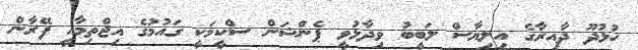
ހުޅުދޫ ދާއިރާގެ އިލިޔާސް ލަބީބު ވިދާޅުވީ ޕެންޝަން ސްކީމަކީ ގައުމުގެ އިޖްތިމާއީ ފޭރާން